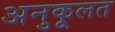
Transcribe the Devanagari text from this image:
अनुकूलत